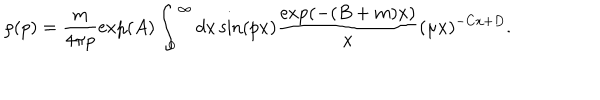
\rho ( p ) = \frac { m } { 4 \pi p } \exp ( A ) \int _ { 0 } ^ { \infty } d x \sin ( p x ) \frac { \exp ( - ( B + m ) x ) } { x } ( \mu x ) ^ { - C x + D } .